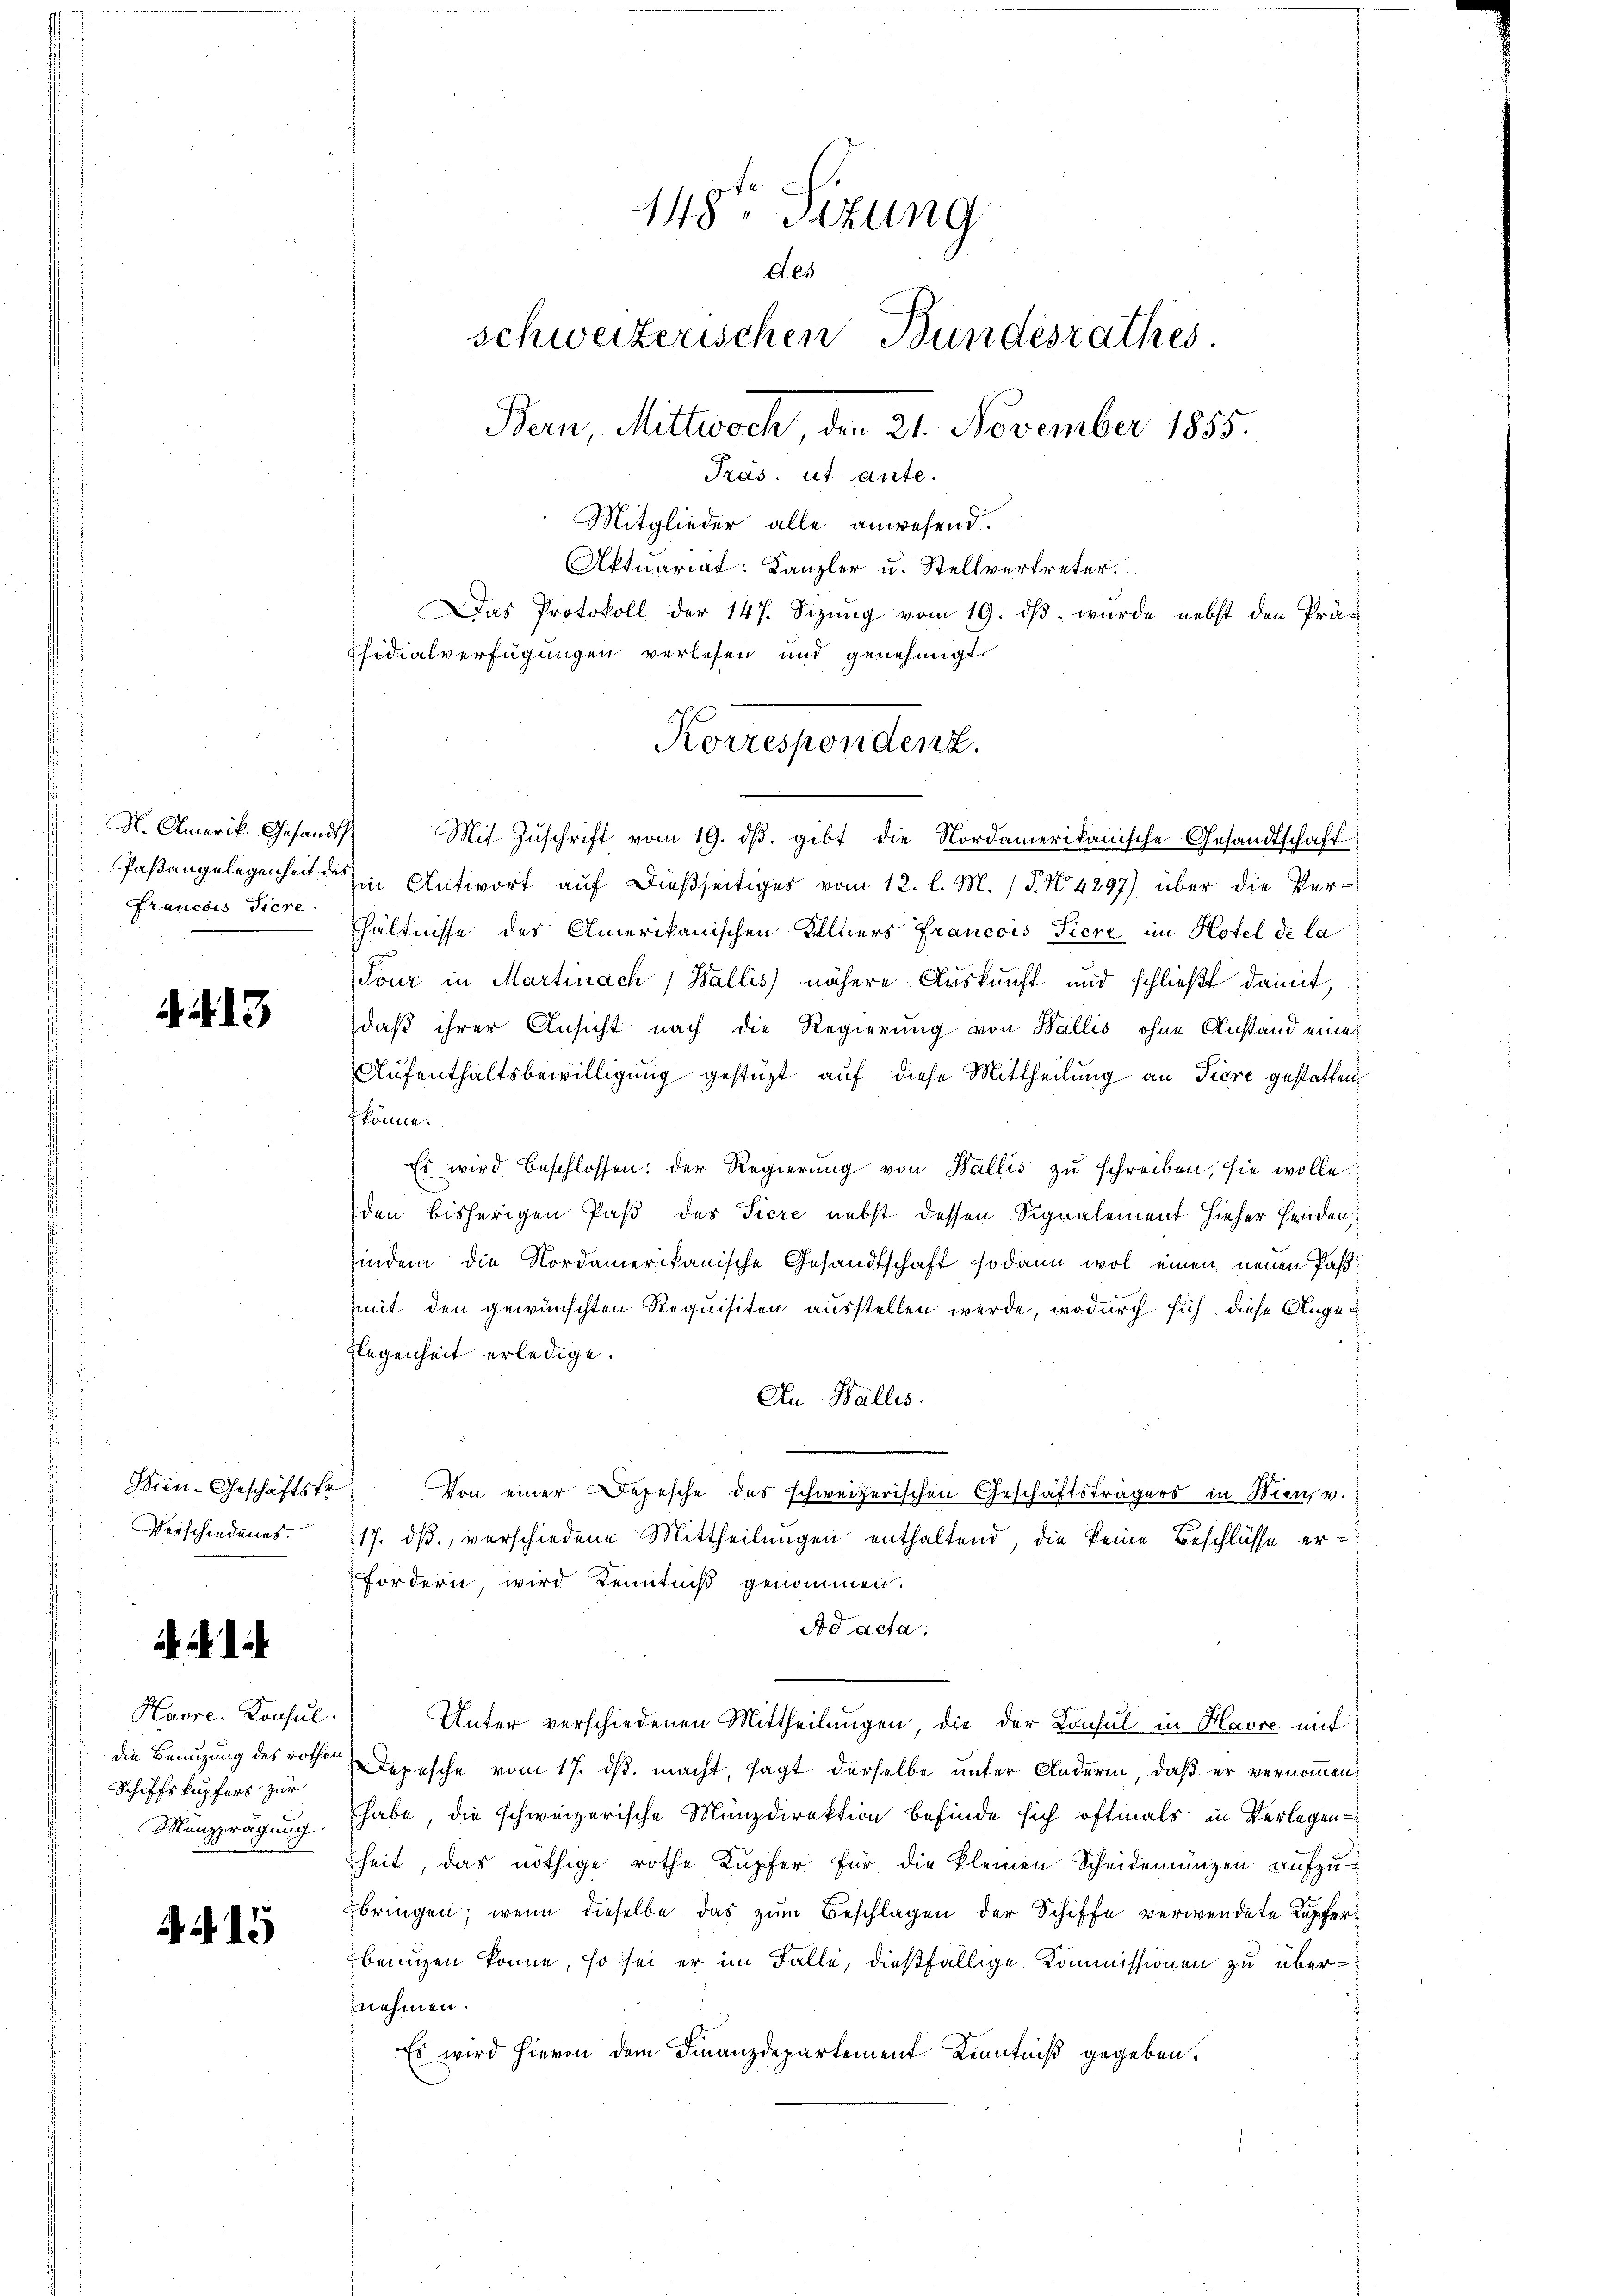
N. Amerik. Gesandts
Francois Tiere

4213

Wien-Geschäftstr
Verschiedenes.

i

Havre Konsul
Schiffskupfers zur
Manzprägung

A 15

Mit Zŭschrift vom 19. dβ. gibt die Nordamerikanische Gesandtschaft
Paßangelegenheit des Antwort auf dießseitiges vom 12. l. M. P. Nr. 4297) über die Verhältnisse des Amerikanischen Kellners Francois Sicre im Hotel de la
Tour in Martinach Wallis) nähere Auskunft und schließt damit,
daß ihrer Ansicht nach die Regierung von Wallis, ohne Anstand eine
Aufenthaltsbewilligung gestüzt auf diese Mittheilung an Tiere gestatten
fkönne.
Es wird beschlossen: der Regierŭng von Wallis zŭ schreiben, sie wolle.
den bisherigen Paß des Tiere nebst dessen Signalement hieher Henden,
indem die Nordamerikanische Gesandtschaft sodann wol einen neuen Paßmit den gewünschten Requisiten ausstellen werde, wodurch sich diese Ange¬
Flegenheit erledige.
An Wallis.
Von einer Depesche des schweizerischen Geschäftsträgers in Wien, v.
17. ds., verschiedene Mittheilungen enthaltend, die keine Beschlüsse er¬
Fordern, wird Kenntniß genommen.
Ad acta.
Unter verschiedenen Mittheilungen, die der Konsul in Havre mit
die Benuzung des rothen Depesche vom 17. ds. macht, sagt derselbe unter Andern, daß er vernommen,
habe die schweizerische Münzdirektion befinde sich oftmals in Verlegen-
heit, das nöthige rothe Kupfer für die kleinen Scheidemünzen aufzubringen; wenn dieselbe das zum Beschlagen der Schiffe verwendete Kupferbenuzen könne, so sei er im Falle, dießfällige Kommissionen zu übernehmen.
Es wird hievon dem Finanzdepartement Kenntniß gegeben.

148te Sizung
des
schweizerischen Bundesrathes.
Bern, Mittwoch den 21. November 1855.
Präs. ut ante.
Mitglieder alle anwesend.
Aktuariat: Kanzler u. Stellvertreter.
Das Protokoll der 147. Sizung vom 19. dβ. wurde nebst den Präfsidialverfügungen verlesen und genehmigt.

Korrespondenz.